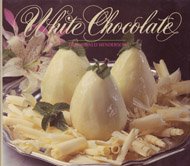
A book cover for White Chocolate; Janice Wald Henderson; Cookbooks, Food & Wine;